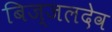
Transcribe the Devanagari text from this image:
बिज्जलदेव